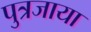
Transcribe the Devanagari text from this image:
पुत्रजाया